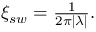
\begin{array} { r } { \xi _ { s w } = \frac { 1 } { 2 \pi | \lambda | } . } \end{array}